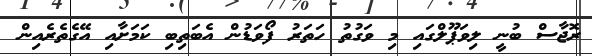
ރޮޖާސް ބުނީ ލިވަޕޫލްގައި މި ވަގުތު ހަތަރު ފޯވަޑުން އެބަތިބި ކަމަށާއި އޭގެތެރެއިން